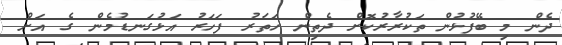
ދެން މި ބޭފުޅުން ތަކުރާރުކޮށް ދެތިން ހަތަރު ފަހަރު އަޅުގަނޑުމެން ގެ އަށް